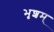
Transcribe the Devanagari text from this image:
भृशम्‌